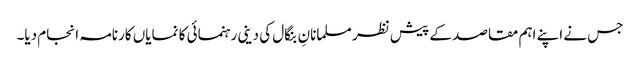
جس نے اپنے اہم مقاصد کے پیش نظر مسلمانانِ بنگال کی دینی رہنمائی کا نمایاں کارنامہ انجام دیا۔